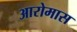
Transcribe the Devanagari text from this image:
आरोमास